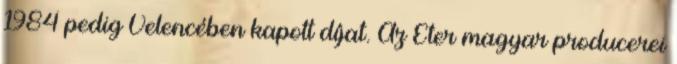
1984 pedig Velencében kapott díjat. Az Éter magyar producerei